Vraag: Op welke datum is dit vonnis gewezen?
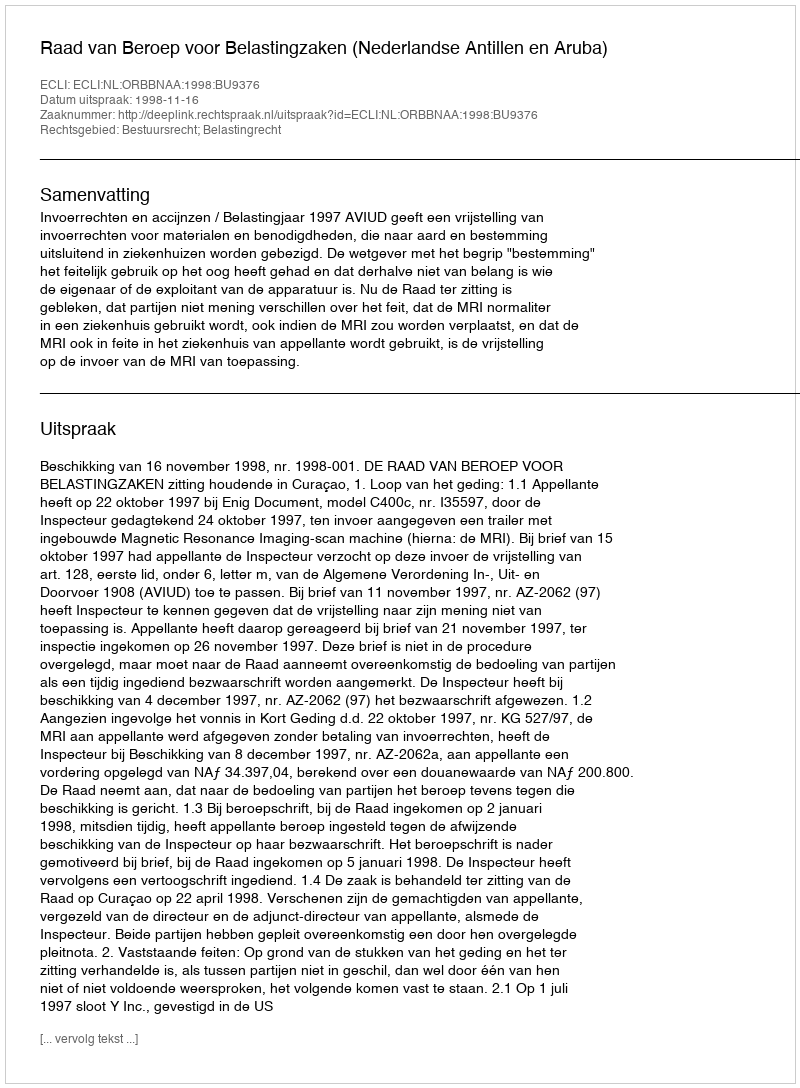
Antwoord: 1998-11-16